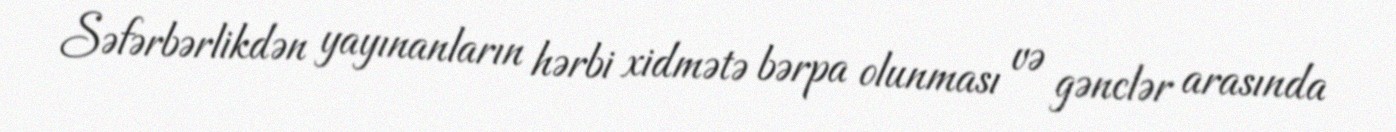
Səfərbərlikdən yayınanların hərbi xidmətə bərpa olunması və gənclər arasında